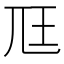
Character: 尫